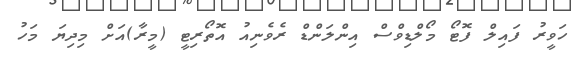
ހަވީރު ފައިލް ފޮޓޯ މޯލްޑިވްސް އިންލަންޑް ރެވެނިއު އޮތޯރިޓީ (މީރާ)އަށް މިދިޔަ މަހު